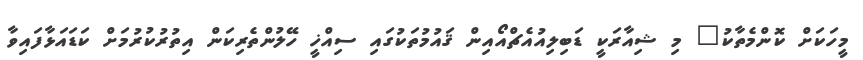
މީހަކަށް ކޮންމެތާކު" މި ޝިއާރަކީ ޑަބިލިއުއެޗްއޯއިން ޤައުމުތަކުގައި ސިއްޚީ ހޭލުންތެރިކަން އިތުރުކުރުމަށް ކަޑައަޅާފައިވާ